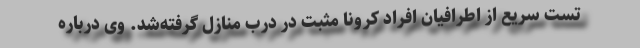
تست سریع از اطرافیان افراد کرونا مثبت در درب منازل گرفته‌شد. وی درباره